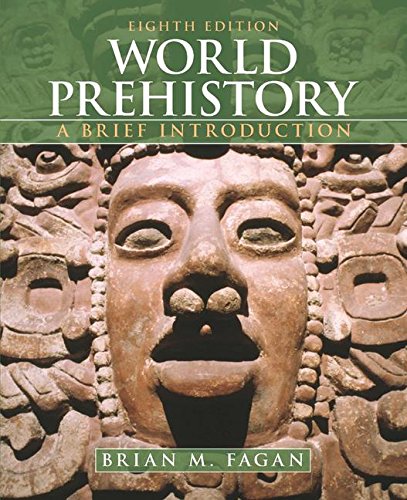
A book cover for World Prehistory: A Brief Introduction; Brian M. Fagan; History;